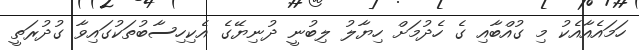
ހަމައެއާއެކު މި ގުއްބާއި ގެ ހެދުމަށް ހިޔާލު ލިބުނީ ދުނިޔޭގެ އެކިހިސާބުތަކުގައިވާ ގުދުރަތީ